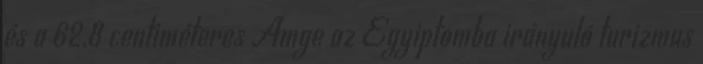
és a 62,8 centiméteres Amge az Egyiptomba irányuló turizmus